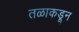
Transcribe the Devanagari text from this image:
तळाकडून